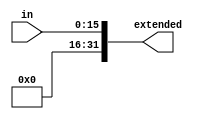
module signextend16

(
  input[15:0] in,
  output[31:0] extended
);
assign extended = {16'b0,in};
endmodule

module signextend26
(
   input [25:0]  in,
   output [31:0] extended
 );
	 // wire [29:0] 	 inter;
	 assign extended = {4'b0,in,2'b0};
	 // assign extended = {inter, 2'b0};
endmodule

module signextend16bne

(
  input[15:0] in,
  output[31:0] extended
);
assign extended = {14'b0,in,2'b0};
endmodule